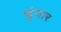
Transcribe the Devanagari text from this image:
चुंगार